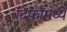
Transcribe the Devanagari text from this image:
दिफाँमध्ये